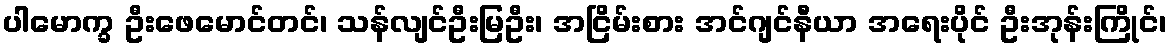
ပါမောက္ခ ဦးဖေမောင်တင်၊ သန်လျင်ဦးမြဦး၊ အငြိမ်းစား အင်ဂျင်နီယာ အရေးပိုင် ဦးအုန်းကြိုင်၊